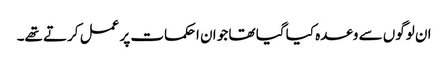
ان لوگوں سے وعدہ کیا گیا تھا جو ان احکمات پر عمل کرتے تھے۔